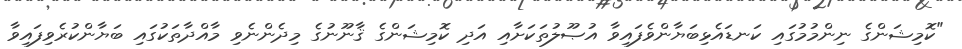
"ކޮމިޝަންގެ ނިންމުމުގައި ކަނޑައެޅިބަޔާންވެފައިވާ އުޞޫލުތަކަށާއި އަދި ކޮމިޝަންގެ ޤާނޫނުގެ މިދެންނެވި މާއްދާތަކުގައި ބަޔާންކުރެވިފައިވާ